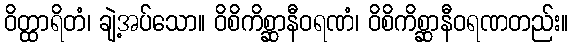
ဝိတ္ထာရိတံ၊ ချဲ့အပ်သော။ ဝိစိကိစ္ဆာနီဝရဏံ၊ ဝိစိကိစ္ဆာနီဝရဏတည်း။